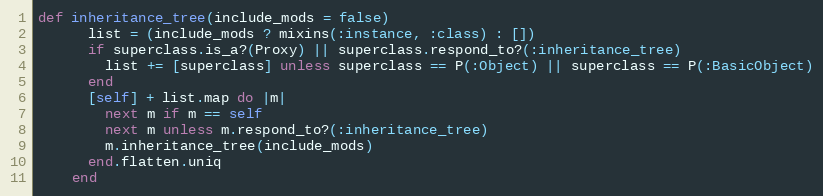
Language: Ruby
def inheritance_tree(include_mods = false)
      list = (include_mods ? mixins(:instance, :class) : [])
      if superclass.is_a?(Proxy) || superclass.respond_to?(:inheritance_tree)
        list += [superclass] unless superclass == P(:Object) || superclass == P(:BasicObject)
      end
      [self] + list.map do |m|
        next m if m == self
        next m unless m.respond_to?(:inheritance_tree)
        m.inheritance_tree(include_mods)
      end.flatten.uniq
    end